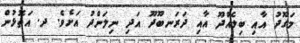
މަގޫދު އާއި ބިލެއްދޫ އާއި ދަރަނބޫދޫ އަދި ނިލަންދު އަށެވެ. ދ. އަތޮޅުން